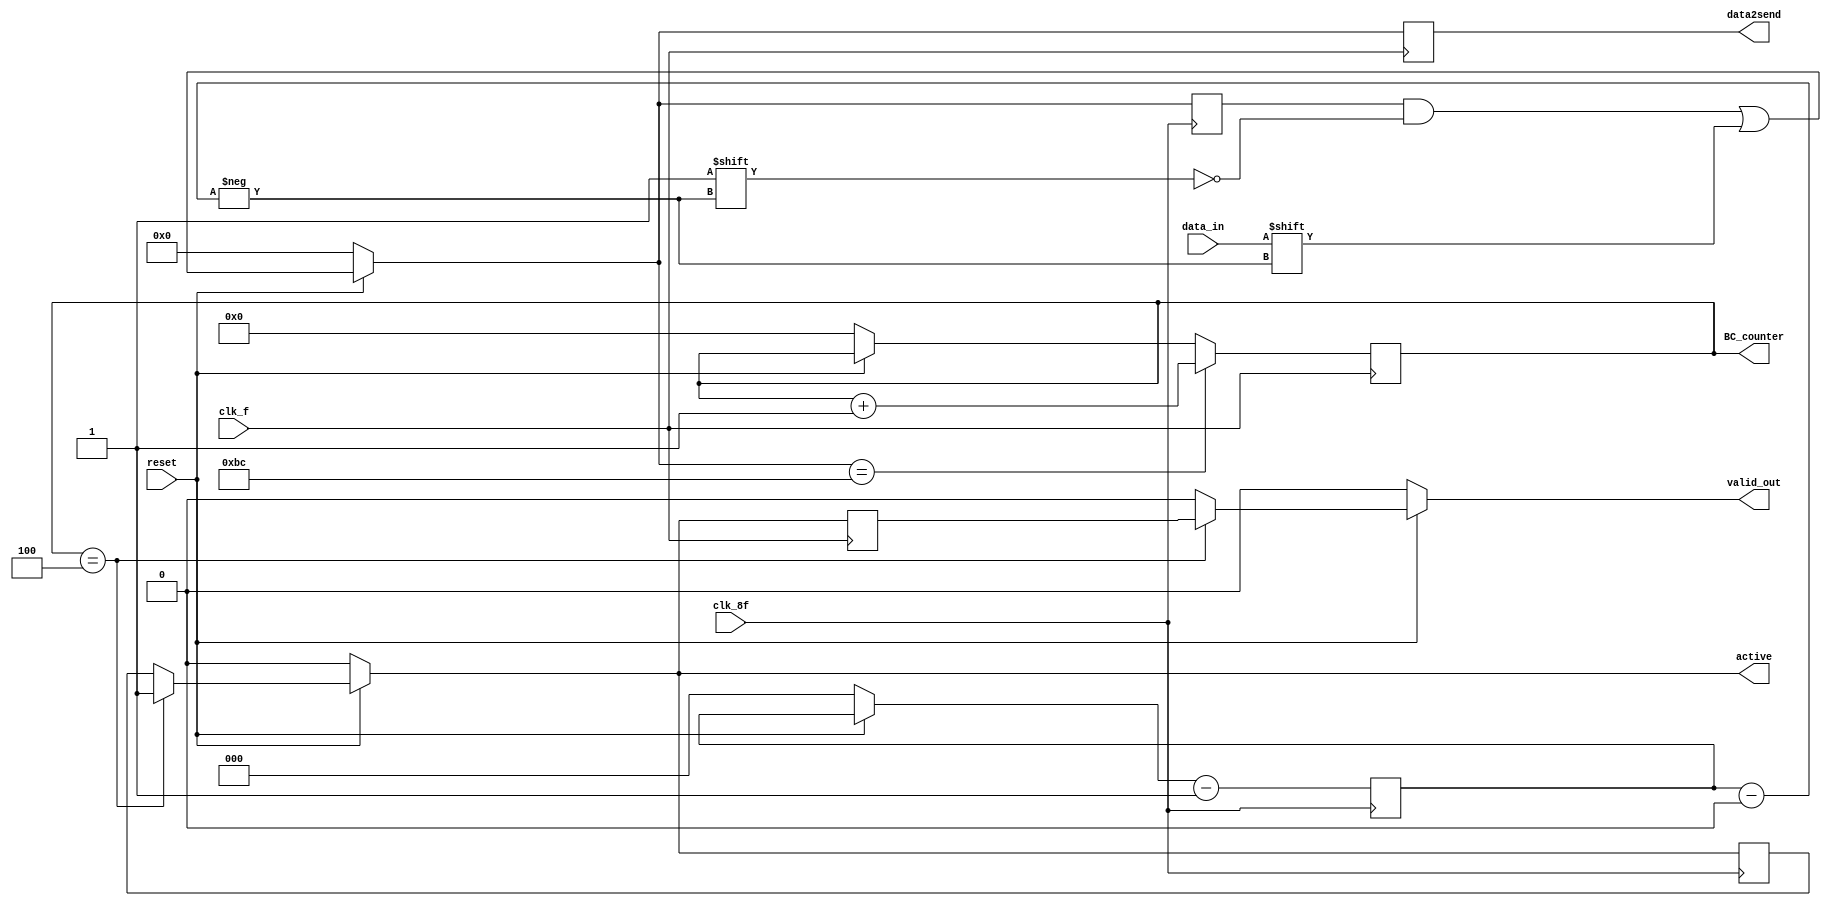
module SerieParalelo(
   input clk_f,
   input clk_8f,
   input data_in,
   input reset,

   output reg [7:0] data2send,
   output reg [3:0] BC_counter,
   output reg valid_out,
   output reg active
);
   reg [2:0] contador, contadorF;
   reg [7:0] pasoInSend, pasoInSendF;
   reg [3:0] BC_counterF;
   reg valid_outF, activeF;

always @(posedge clk_8f) begin
   contadorF <= contador - 1;
   pasoInSendF <= pasoInSend;
   activeF <= active;

end

always @(posedge clk_f) begin
   valid_outF <= active;
   data2send <= pasoInSend;
   if (reset == 0) begin
     BC_counter <= 'b0;
     
   end

   if (pasoInSend == 'hBC) begin
     BC_counter <= BC_counter + 1;
   end
end

always @(*) begin
   pasoInSend = pasoInSendF;
   contador = contadorF;
   if (reset == 'b1) begin
      pasoInSend[contadorF] = data_in;
      if (BC_counter == 4) begin
         active = 'b1;
         valid_out = valid_outF;
      end else begin
         valid_out = 'b0;
          active = activeF;
      end
   end else begin
    pasoInSend = 'b0;
    valid_out = 'b0;
    contador = 'b0;
    active = 'b0;
      //valid_out = 'b0;
   end
end
endmodule